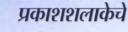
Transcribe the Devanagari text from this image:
प्रकाशशलाकेचे